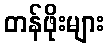
တန်ဖိုးများ